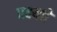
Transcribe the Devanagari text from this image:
वक्ष्यते